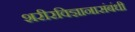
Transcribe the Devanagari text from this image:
शरीरविज्ञानासंबंधी